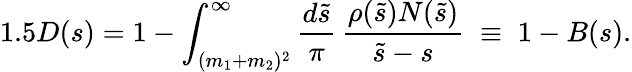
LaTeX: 1.5D(s)=1-\int_{(m_{1}+m_{2})^{2}}^{\infty}\frac{d\tilde{s}}{\pi}\, \frac{\rho(\tilde{s})N(\tilde{s})}{\tilde{s}-s}\; \equiv\; 1-B(s).